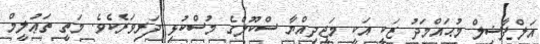
އަލްފާޟިލް މުޙައްމަދު ޒަކީ އަކީ މަޖީދިއްޔާ ސްކޫލްގެ މުސްކުޅި ދަރިވަރެކެވެ. މަތީ ތަޢުލީމް